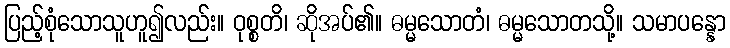
ပြည့်စုံသောသူဟူ၍လည်း။ ဝုစ္စတိ၊ ဆိုအပ်၏။ ဓမ္မသောတံ၊ ဓမ္မသောတသို့။ သမာပန္နော